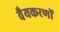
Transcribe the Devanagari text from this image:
वैयकरणों